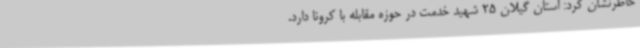
خاطرنشان کرد: استان گیلان 25 شهید خدمت در حوزه مقابله با کرونا دارد.